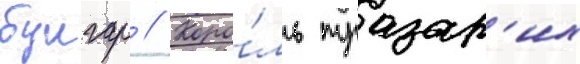
булгар // Коро́ль тразар'их